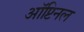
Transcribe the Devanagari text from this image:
ऑप्टिनल